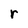
Character: r